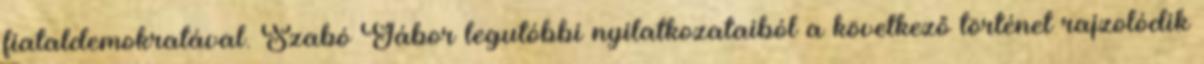
fiataldemokratával. Szabó Gábor legutóbbi nyilatkozataiból a következő történet rajzolódik